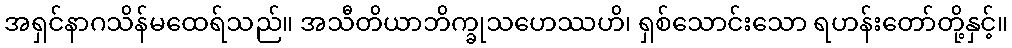
အရှင်နာဂသိန်မထေရ်သည်။ အသီတိယာဘိက္ခုသဟေဿဟိ၊ ရှစ်သောင်းသော ရဟန်းတော်တို့နှင့်။